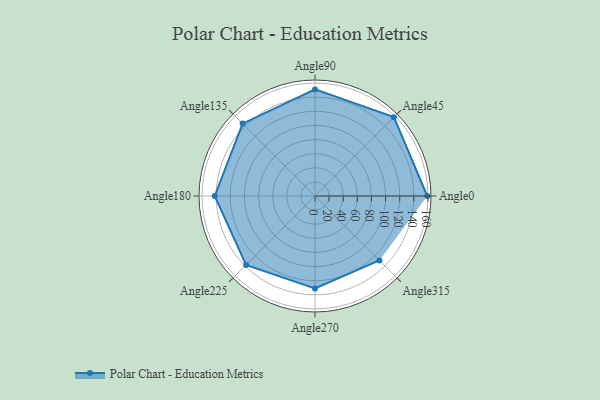
{"axis": {"x": "Angle", "y": "Radius"}, "legend": [""], "data": [{"x": "Angle0", "y": 159.0, "type": ""}, {"x": "Angle45", "y": 158.0, "type": ""}, {"x": "Angle90", "y": 151.0, "type": ""}, {"x": "Angle135", "y": 145.0, "type": ""}, {"x": "Angle180", "y": 142.0, "type": ""}, {"x": "Angle225", "y": 138.0, "type": ""}, {"x": "Angle270", "y": 131.0, "type": ""}, {"x": "Angle315", "y": 129.0, "type": ""}]}